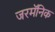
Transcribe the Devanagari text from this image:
जरमॅनिक